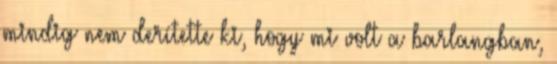
mindig nem derítette ki, hogy mi volt a barlangban,